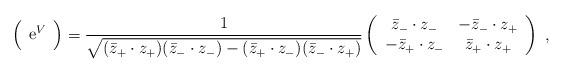
LaTeX: \begin{align*}\Big( \begin{array}{cc} {\rm e}^V \end{array} \Big) =\frac1{\sqrt{(\bar{z}_{+}\cdot z_{+})(\bar{z}_{-}\cdot z_{-}) - (\bar{z}_{+}\cdot z_{-})( \bar{z}_{-}\cdot z_{+})}}\left( \begin{array}{cc} \bar{z}_{-}\cdot z_{-} & -\bar{z}_{-}\cdot z_{+}\\ -\bar{z}_{+}\cdot z_{-} & \bar{z}_{+}\cdot z_{+}\end{array} \right)\ ,\end{align*}